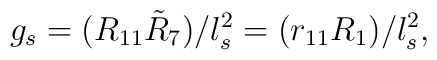
g_s = (R_{11}\tilde{R}_7) /l_s^2 = (r_{11} R_1) / l_s^2 ,